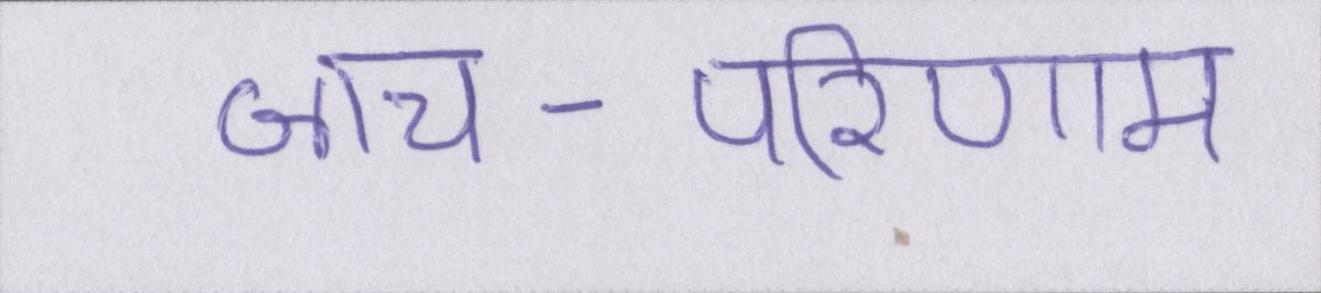
जांच-परिणाम